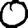
Digit: 0